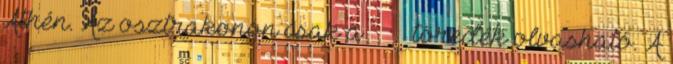
Athén. Az osztrakonon csak a ΡΙΚΛΉΣ töredék olvasható. A